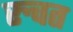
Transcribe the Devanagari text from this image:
रुचत